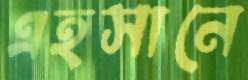
এহসানে